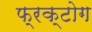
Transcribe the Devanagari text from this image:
फ्रक्टोग